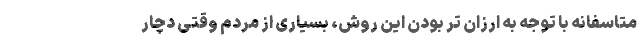
متاسفانه با توجه به ارزان تر بودن این روش، بسیاری از مردم وقتی دچار